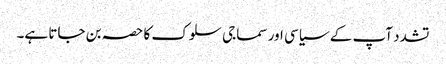
تشدد آپ کے سیاسی اور سماجی سلوک کا حصہ بن جاتا ہے۔